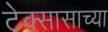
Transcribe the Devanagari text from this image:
टेक्सासाच्या